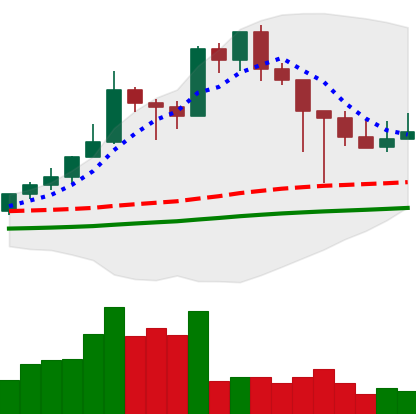
Ticker: XMR-USD
Chart end date: 2021-02-27
Forward return: 3.852%
Label: up_3_5